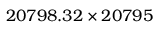
2 0 7 9 8 . 3 2 \times 2 0 7 9 5